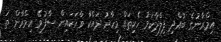
އިމްރާނުގެ ބުއްދި ފިލާދާކަމު ހެކިތައް މިހާރު ދައްކާ ވާހަކައިން ސާފުވޭ އިމްރާން ތަ